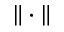
\| \cdot \|